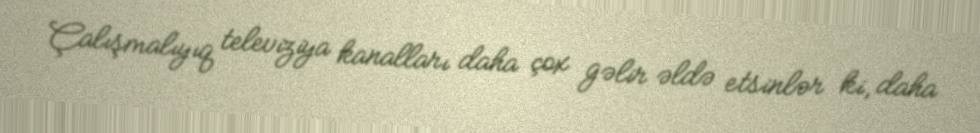
Çalışmalıyıq televiziya kanalları daha çox gəlir əldə etsinlər ki, daha